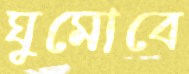
ঘুমোবে